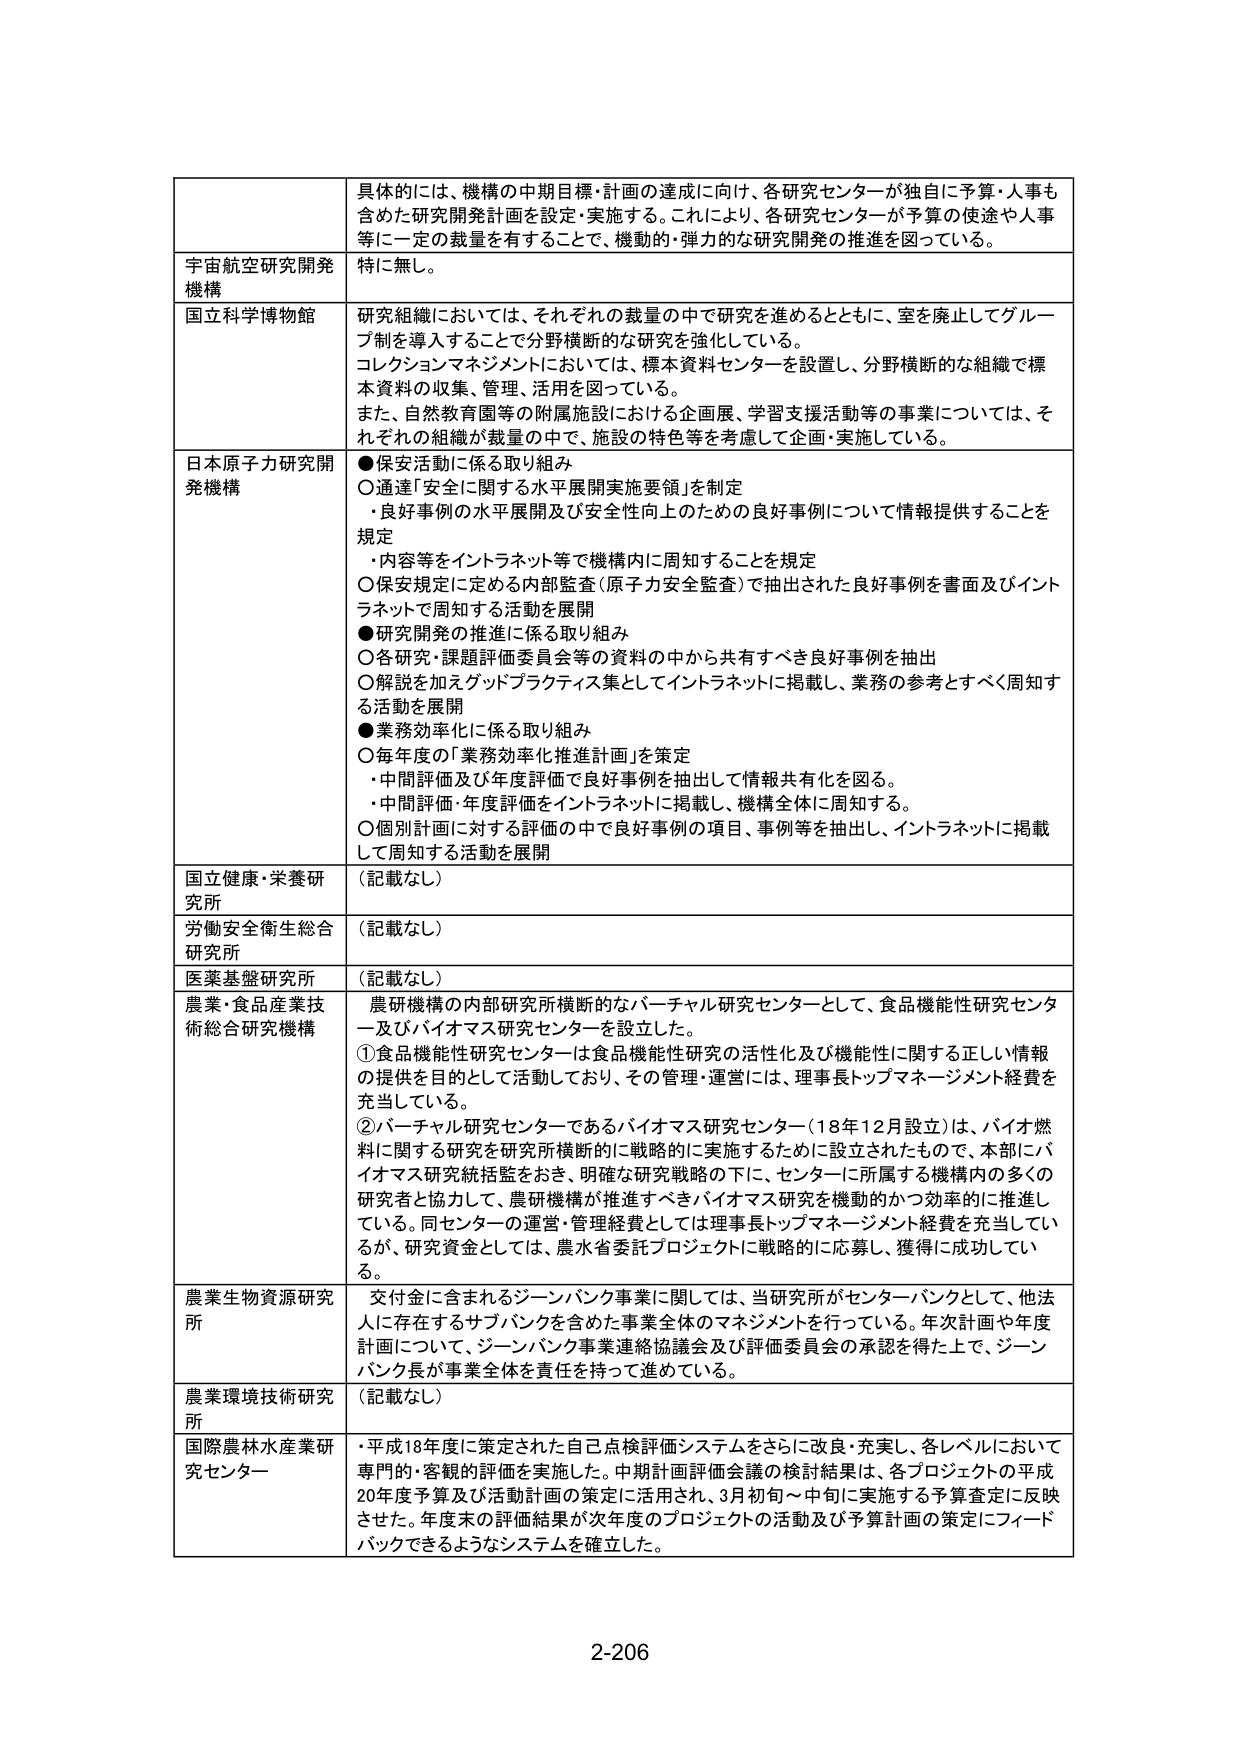
具体的には、機構の中期目標・計画の達成に向け、各研究センターが独自に予算・人事も含めた研究開発計画を設定・実施する。これにより、各研究センターが予算の使途や人事等に一定の裁量を有することで、機動的・弾力的な研究開発の推進を図っている。

宇宙航空研究開発機構
特に無し。

国立科学博物館
研究組織においては、それぞれの裁量の中で研究を進めるとともに、室を廃止してグループ制を導入することで分野横断的な研究を強化している。
コレクションマネジメントにおいては、標本資料センターを設置し、分野横断的な組織で標本資料の収集、管理、活用を図っている。
また、自然教育園等の附属施設における企画展、学習支援活動等の事業については、それぞれの組織が裁量の中で、施設の特色等を考慮して企画・実施している。

日本原子力研究開発機構
●保安活動に係る取り組み
○通達「安全に関する水平展開実施要領」を制定
・良好事例の水平展開及び安全性向上のための良好事例について情報提供することを規定
・内容等をイントラネット等で機構内に周知することを規定
○保安規定に定める内部監査（原子力安全監査）で抽出された良好事例を書面及びイントラネットで周知する活動を展開
●研究開発の推進に係る取り組み
○各研究・課題評価委員会等の資料の中から共有すべき良好事例を抽出
○解説を加えグッドプラクティス集としてイントラネットに掲載し、業務の参考とすべく周知する活動を展開
●業務効率化に係る取り組み
○毎年度の「業務効率化推進計画」を策定
・中間評価及び年度評価で良好事例を抽出して情報共有化を図る。
・中間評価・年度評価をイントラネットに掲載し、機構全体に周知する。
○個別計画に対する評価の中で良好事例の項目、事例等を抽出し、イントラネットに掲載して周知する活動を展開

国立健康・栄養研究所
（記載なし）

労働安全衛生総合研究所
（記載なし）

医薬基盤研究所
（記載なし）

農業・食品産業技術総合研究機構
農研機構の内部研究所横断的なバーチャル研究センターとして、食品機能性研究センター及びバイオマス研究センターを設立した。
①食品機能性研究センターは食品機能性研究の活性化及び機能性に関する正しい情報の提供を目的として活動しており、その管理・運営には、理事長トップマネージメント経費を充当している。
②バーチャル研究センターであるバイオマス研究センター（18年12月設立）は、バイオ燃料に関する研究を研究所横断的に戦略的に実施するために設立されたもので、本部にバイオマス研究統括監をおき、明確な研究戦略の下に、センターに所属する機構内の多くの研究者と協力して、農研機構が推進すべきバイオマス研究を機動的かつ効率的に推進している。同センターの運営・管理経費としては理事長トップマネージメント経費を充当しているが、研究資金としては、農水省委託プロジェクトに戦略的に応募し、獲得に成功している。

農業生物資源研究所
交付金に含まれるジーンバンク事業に関しては、当研究所がセンターバンクとして、他法人に存在するサブバンクを含めた事業全体のマネジメントを行っている。年次計画や年度計画について、ジーンバンク事業連絡協議会及び評価委員会の承認を得た上で、ジーンバンク長が事業全体を責任を持って進めている。

農業環境技術研究所
（記載なし）

国際農林水産業研究センター
・平成18年度に策定された自己点検評価システムをさらに改良・充実し、各レベルにおいて専門的・客観的評価を実施した。中期計画評価会議の検討結果は、各プロジェクトの平成20年度予算及び活動計画の策定に活用され、3月初旬～中旬に実施する予算査定に反映させた。年度末の評価結果が次年度のプロジェクトの活動及び予算計画の策定にフィードバックできるようなシステムを確立した。

2-206